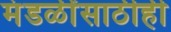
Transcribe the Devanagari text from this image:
मंडळींसाठीही